Annual vaccination report of Bihar and Orissa - 1911-1928
Year: 1911
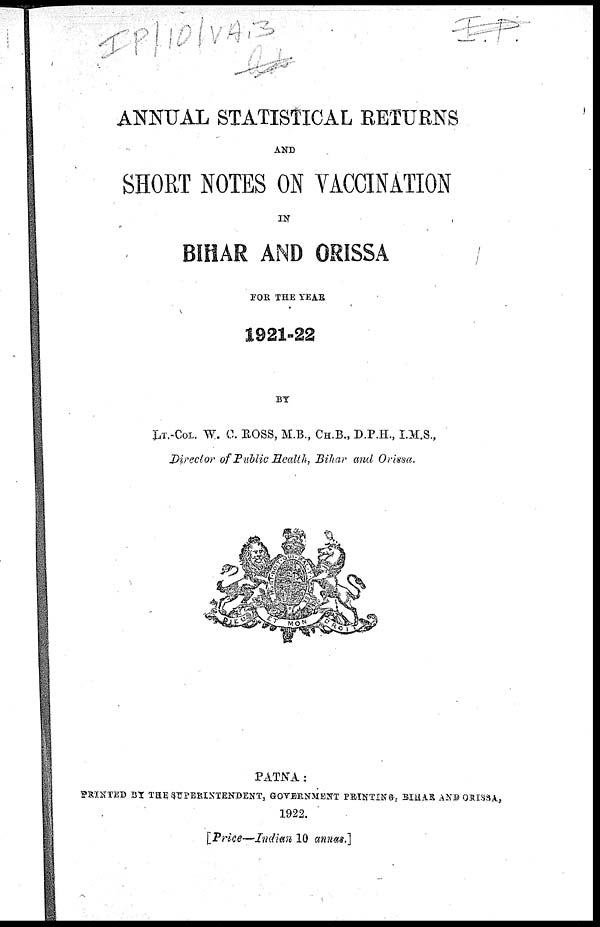
ANNUAL STATISTICAL RETURNS
AND
SHORT NOTES ON VACCINATION
IN
BIHAR AND ORISSA
FOR THE YEAR
1921-22
BY
LT.-COL. W. C. ROSS, M.B., CH.B., D.P.H., I.M.S.,
Director of Public Health, Bihar and Orissa.
PATNA:
PRINTED BY THE SUPERINTENDENT, GOVERNMENT PRINTING, BIHAR AND ORISSA,
1922.
[Price—Indian 10 annas.]